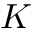
K